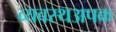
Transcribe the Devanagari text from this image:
व्यवस्थअपक